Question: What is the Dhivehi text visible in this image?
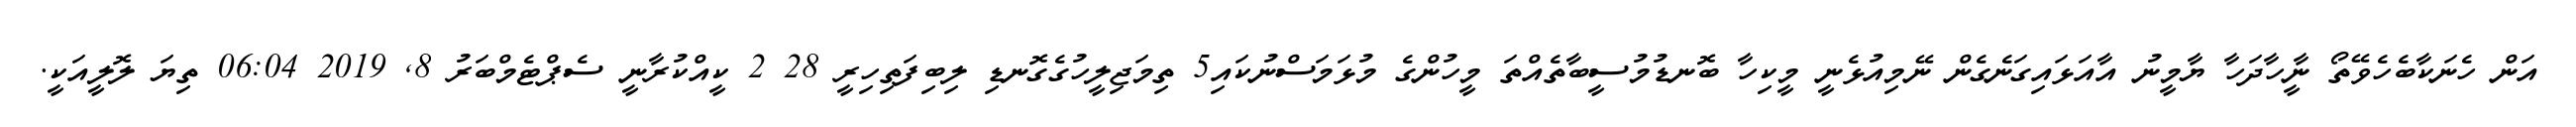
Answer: އަން ހެނަކާބެހެވޭތޯ ނީާހާދަހާ ޔާމީނު އާއަޅައިގަނެގެން ނޭމިއުޅެނީ މީކިހާ ބޮނޑުމުސީބާތެއްތަ މީހުންގެ މުޅަމަސްނުކައި5 ތިމަޖިލީހުގެގޮނޑި ލިބިފަތިހިރީ 28 2 ކީއްކުރާނީ ސެޕްޓެމްބަރު 8, 2019 06:04 ތިޔަ ލޮލީއަކީ.